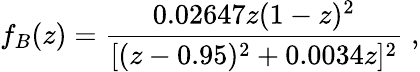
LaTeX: f_{B}(z)=\frac{0.02647z(1-z)^{2}}{[(z-0.95)^{2}+0.0034z]^{2}}\; ,